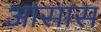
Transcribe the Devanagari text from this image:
आसास